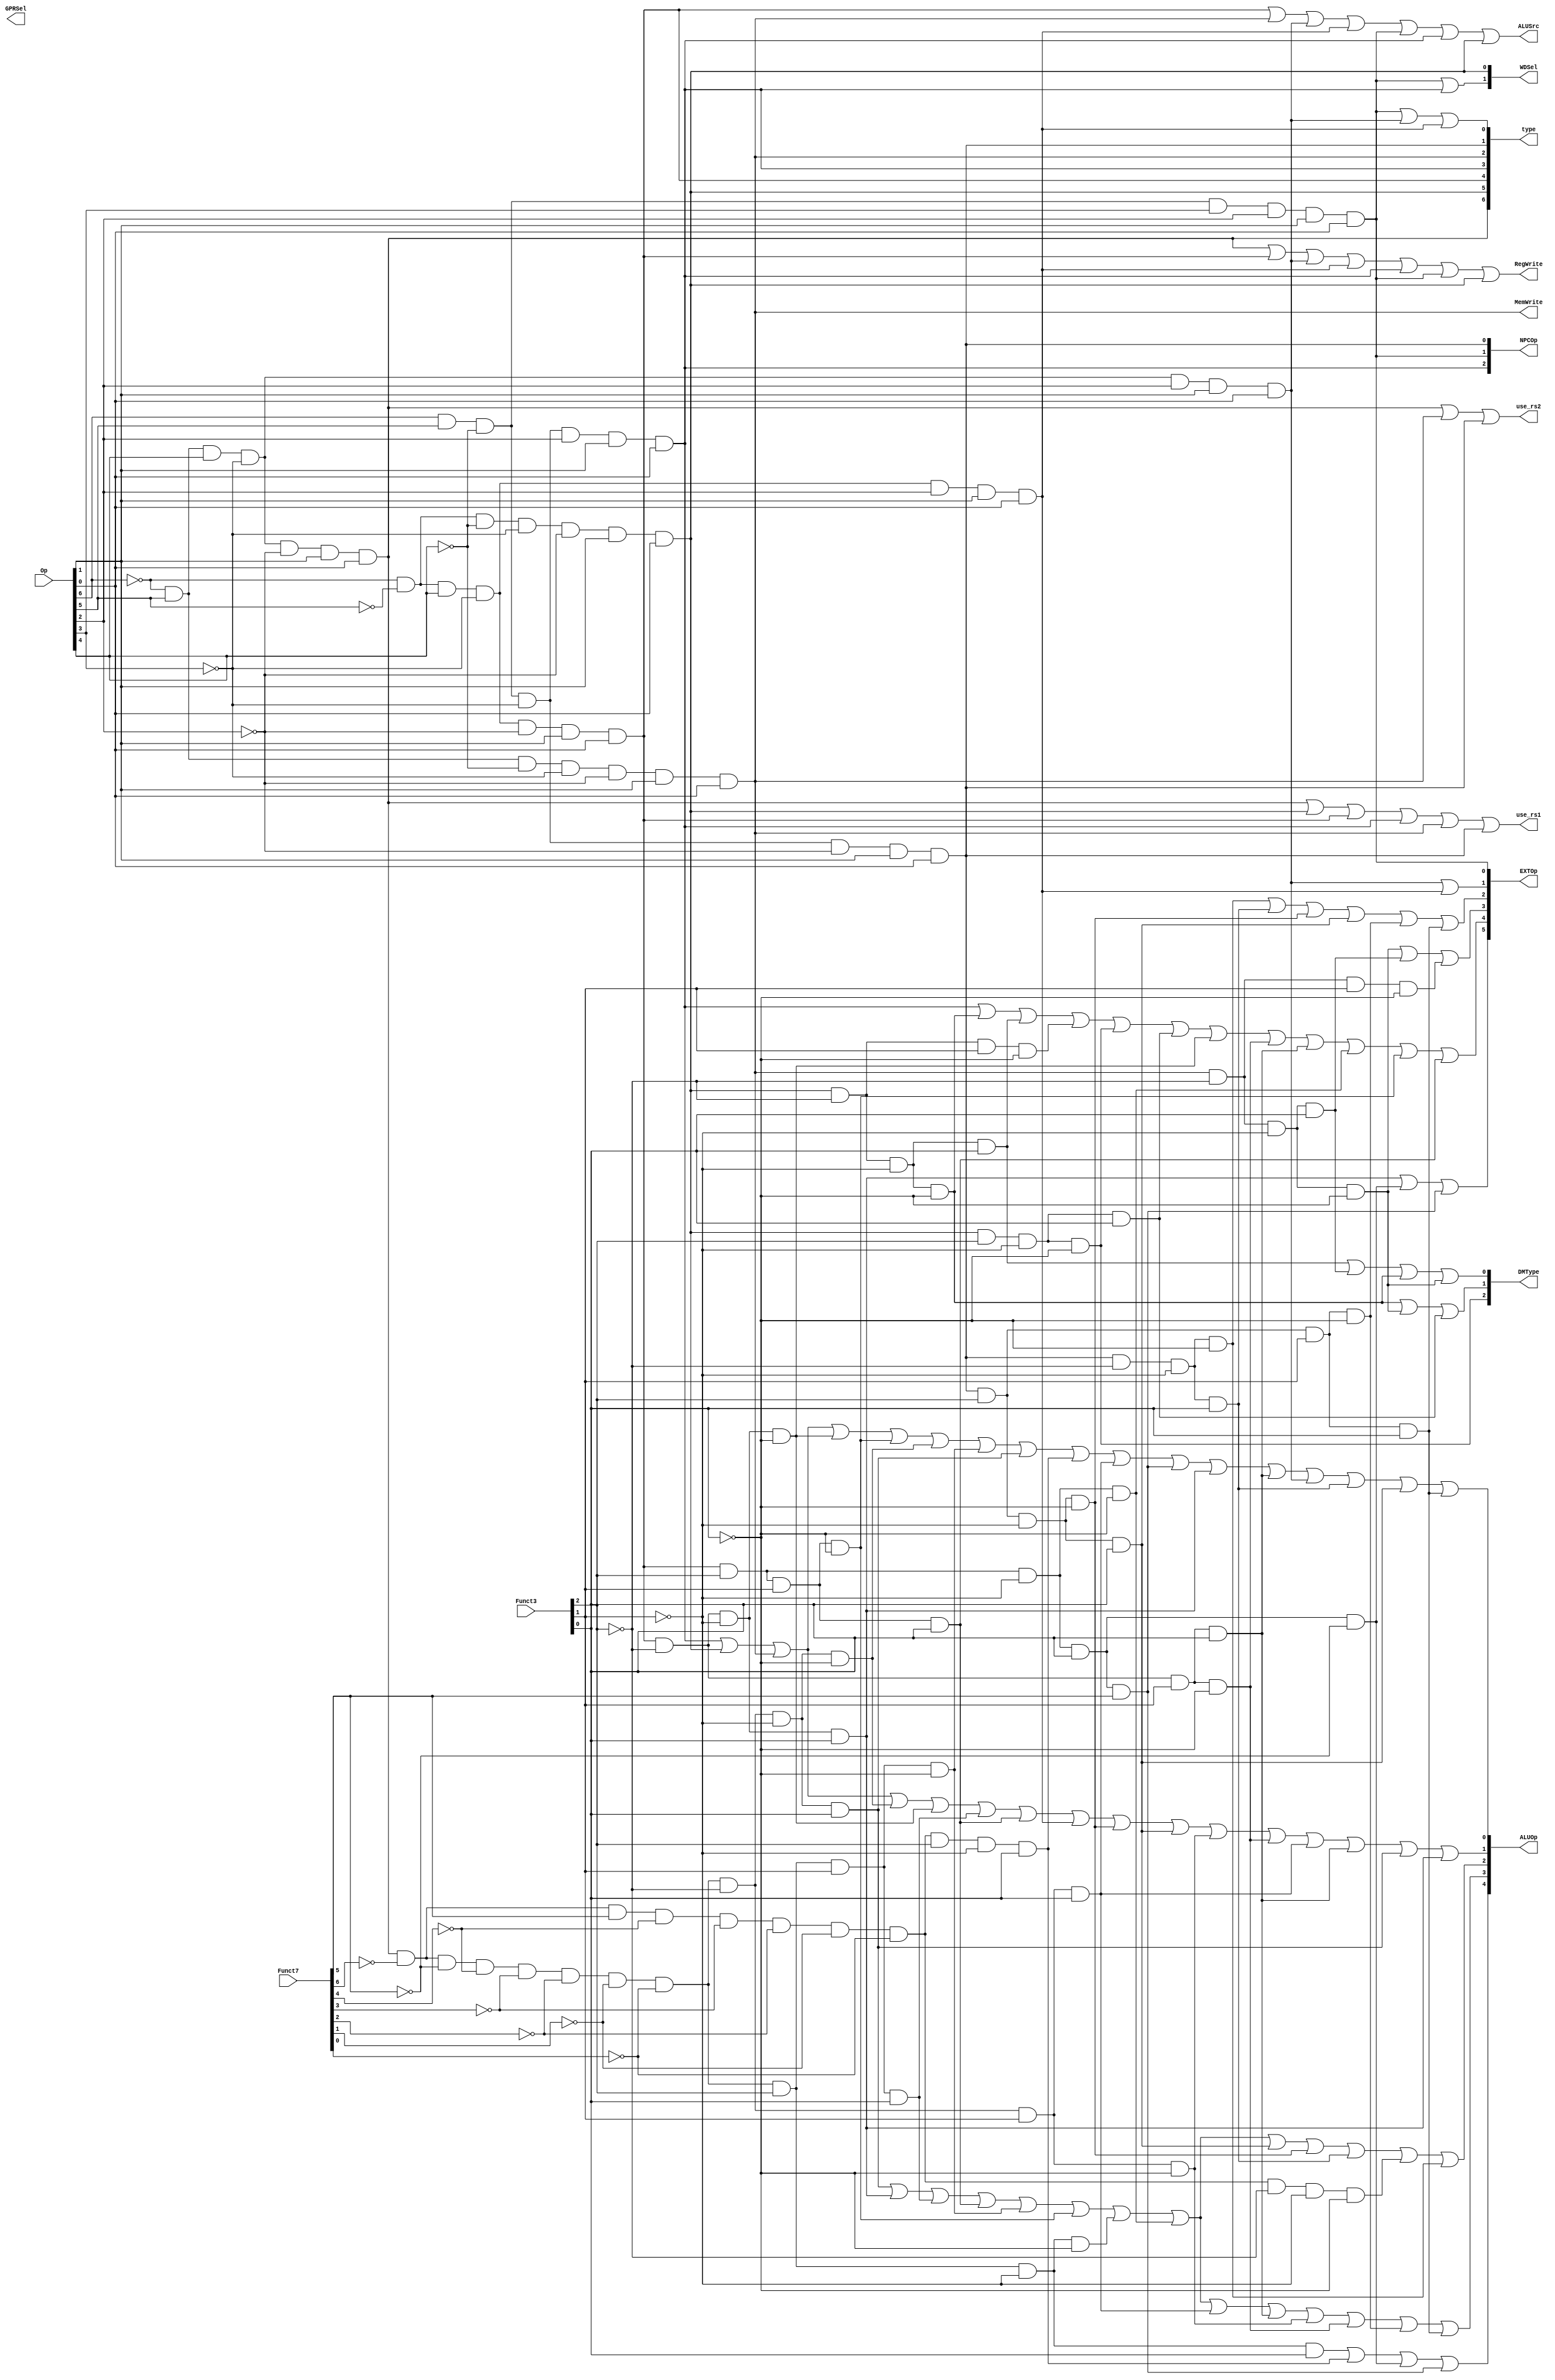
module ctrl(
    input  [6:0] Op,       // opcode
    input  [6:0] Funct7,   // funct7
    input  [2:0] Funct3,   // funct3
    
    output       RegWrite, // control signal for register write
    output       MemWrite, // control signal for memory write
    output [5:0] EXTOp,    // control signal to signed extension
    output [4:0] ALUOp,    // ALU opertion
    output [2:0] NPCOp,    // next pc operation
    output       ALUSrc,   // ALU source for A
    output [2:0] DMType,
    output [1:0] GPRSel,   // general purpose register selection δʹã
    output [1:0] WDSel,    // (register) write data selection
    output [6:0] type,
    output       use_rs1, use_rs2
);
    // ָʽ
    // r format
    wire rtype = ~Op[6]&Op[5]&Op[4]&~Op[3]&~Op[2]&Op[1]&Op[0]; //0110011
    wire i_add = rtype& ~Funct7[6]&~Funct7[5]&~Funct7[4]&~Funct7[3]&~Funct7[2]&~Funct7[1]&~Funct7[0]&~Funct3[2]&~Funct3[1]&~Funct3[0]; // add  0000000 000
    wire i_sub = rtype& ~Funct7[6]& Funct7[5]&~Funct7[4]&~Funct7[3]&~Funct7[2]&~Funct7[1]&~Funct7[0]&~Funct3[2]&~Funct3[1]&~Funct3[0]; // sub  0100000 000
    wire i_or  = rtype& ~Funct7[6]&~Funct7[5]&~Funct7[4]&~Funct7[3]&~Funct7[2]&~Funct7[1]&~Funct7[0]& Funct3[2]& Funct3[1]&~Funct3[0]; // or   0000000 110
    wire i_and = rtype& ~Funct7[6]&~Funct7[5]&~Funct7[4]&~Funct7[3]&~Funct7[2]&~Funct7[1]&~Funct7[0]& Funct3[2]& Funct3[1]& Funct3[0]; // and  0000000 111
    wire i_xor = rtype& ~Funct7[6]&~Funct7[5]&~Funct7[4]&~Funct7[3]&~Funct7[2]&~Funct7[1]&~Funct7[0]& Funct3[2]&~Funct3[1]&~Funct3[0]; // xor  0000000 100
    wire i_sll = rtype& ~Funct7[6]&~Funct7[5]&~Funct7[4]&~Funct7[3]&~Funct7[2]&~Funct7[1]&~Funct7[0]&~Funct3[2]&~Funct3[1]& Funct3[0]; // sll  0000000 001
    wire i_sra = rtype& ~Funct7[6]& Funct7[5]&~Funct7[4]&~Funct7[3]&~Funct7[2]&~Funct7[1]&~Funct7[0]& Funct3[2]&~Funct3[1]& Funct3[0]; // sra  0100000 101
    wire i_srl = rtype& ~Funct7[6]&~Funct7[5]&~Funct7[4]&~Funct7[3]&~Funct7[2]&~Funct7[1]&~Funct7[0]& Funct3[2]&~Funct3[1]& Funct3[0]; // srl  0000000 101
    wire i_slt = rtype& ~Funct7[6]&~Funct7[5]&~Funct7[4]&~Funct7[3]&~Funct7[2]&~Funct7[1]&~Funct7[0]&~Funct3[2]& Funct3[1]&~Funct3[0]; // slt  0000000 010
    wire i_sltu= rtype& ~Funct7[6]&~Funct7[5]&~Funct7[4]&~Funct7[3]&~Funct7[2]&~Funct7[1]&~Funct7[0]&~Funct3[2]& Funct3[1]& Funct3[0]; // sltu 0000000 011

    // i format
    wire itype_l = ~Op[6]&~Op[5]&~Op[4]&~Op[3]&~Op[2]&Op[1]&Op[0]; //0000011
    wire i_lb  = itype_l&~Funct3[2]&~Funct3[1]&~Funct3[0]; // lb 000
    wire i_lh  = itype_l&~Funct3[2]&~Funct3[1]& Funct3[0]; // lh 001
    wire i_lbu = itype_l& Funct3[2]&~Funct3[1]&~Funct3[0]; // lbu 100
    wire i_lhu = itype_l& Funct3[2]&~Funct3[1]& Funct3[0]; // lhu 101
    wire i_lw  = itype_l&~Funct3[2]& Funct3[1]&~Funct3[0]; // lw 010

    // i format
    wire itype_r = ~Op[6]&~Op[5]&Op[4]&~Op[3]&~Op[2]&Op[1]&Op[0]; //0010011
    wire i_addi = itype_r&~Funct3[2]&~Funct3[1]&~Funct3[0]; // addi 000
    wire i_ori  = itype_r& Funct3[2]& Funct3[1]&~Funct3[0]; // ori 110
    wire i_xori = itype_r& Funct3[2]&~Funct3[1]&~Funct3[0]; // xori 100
    wire i_andi = itype_r& Funct3[2]& Funct3[1]& Funct3[0]; // andi 111
    wire i_srai = itype_r& Funct3[2]&~Funct3[1]& Funct3[0] & Funct7[5]; // srai 0100000 101
    wire i_srli = itype_r& Funct3[2]&~Funct3[1]& Funct3[0] &~Funct7[5]; // srli 0000000 101
    wire i_slti = itype_r&~Funct3[2]& Funct3[1]&~Funct3[0]; // slti 010
    wire i_sltiu= itype_r&~Funct3[2]& Funct3[1]& Funct3[0]; // sltiu 011
    wire i_slli = itype_r&~Funct3[2]&~Funct3[1]& Funct3[0]; // slli 001

    //jalr
    wire i_jalr = Op[6]&Op[5]&~Op[4]&~Op[3]&Op[2]&Op[1]&Op[0];//jalr 1100111

    // s format
    wire stype = ~Op[6]&Op[5]&~Op[4]&~Op[3]&~Op[2]&Op[1]&Op[0];//0100011
    wire i_sw = stype&~Funct3[2]& Funct3[1]&~Funct3[0]; // sw 010
    wire i_sb = stype&~Funct3[2]&~Funct3[1]&~Funct3[0]; // sb 000
    wire i_sh = stype&~Funct3[2]&~Funct3[1]& Funct3[0]; // sh 001

    // sb format
    wire sbtype = Op[6]&Op[5]&~Op[4]&~Op[3]&~Op[2]&Op[1]&Op[0];//1100011
    wire i_beq  = sbtype&~Funct3[2]&~Funct3[1]&~Funct3[0]; // beq  000
    wire i_bne  = sbtype&~Funct3[2]&~Funct3[1]& Funct3[0]; // bne  001
    wire i_blt  = sbtype& Funct3[2]&~Funct3[1]&~Funct3[0]; // blt  100
    wire i_bge  = sbtype& Funct3[2]&~Funct3[1]& Funct3[0]; // bge  101
    wire i_bltu = sbtype& Funct3[2]& Funct3[1]&~Funct3[0]; // bltu 110
    wire i_bgeu = sbtype& Funct3[2]& Funct3[1]& Funct3[0]; // bgeu 111

    // j format
    wire i_jal  = Op[6]& Op[5]&~Op[4]& Op[3]& Op[2]& Op[1]& Op[0]; // jal 1101111
  
    // u format
    wire i_lui  =~Op[6]& Op[5]& Op[4]&~Op[3]& Op[2]& Op[1]& Op[0]; //lui   0110111
    wire i_auipc=~Op[6]&~Op[5]& Op[4]&~Op[3]& Op[2]& Op[1]& Op[0]; //auipc 0010111

    // ָӦĿź
    assign type = {rtype, itype_l, itype_r, i_jalr, stype, sbtype, (i_jal | i_lui | i_auipc)};
    assign use_rs1 = rtype | itype_l | itype_r | i_jalr | stype | sbtype;
    assign use_rs2 = rtype | stype | sbtype;

    // generate control signals
    assign RegWrite   = rtype | itype_r | i_lui | i_auipc | i_jalr | i_jal | itype_l; // register write
    assign MemWrite   = stype;                                                        // memory write
    assign ALUSrc     = itype_r | stype | i_lui | i_auipc | i_jal | i_jalr |itype_l;  // ALU B is from instruction immediate

    // signed extension
    // EXT_CTRL_ITYPE_SHAMT 6'b100000
    // EXT_CTRL_ITYPE       6'b010000
    // EXT_CTRL_STYPE       6'b001000
    // EXT_CTRL_BTYPE       6'b000100
    // EXT_CTRL_UTYPE       6'b000010
    // EXT_CTRL_JTYPE       6'b000001
    assign EXTOp[5] = i_slli | i_srli | i_srai;
    assign EXTOp[4] = i_jalr | i_lb   | i_lh  | i_lw  | i_lbu  | i_lhu | i_addi | i_slti | i_sltiu | i_xori | i_ori | i_andi;
    assign EXTOp[3] = i_sb   | i_sh   | i_sw;
    assign EXTOp[2] = i_beq  | i_bne  | i_blt | i_bge | i_bltu | i_bgeu;
    assign EXTOp[1] = i_lui  | i_auipc;
    assign EXTOp[0] = i_jal;
  
    // WDSel_FromALU 2'b00
    // WDSel_FromMEM 2'b01
    // WDSel_FromPC  2'b10 
    assign WDSel[0] = itype_l;
    assign WDSel[1] = i_jal | i_jalr;

    // NPC_PLUS4   3'b000
    // NPC_BRANCH  3'b001
    // NPC_JUMP    3'b010
    // NPC_JALR    3'b100
    assign NPCOp[0] = sbtype;
    assign NPCOp[1] = i_jal;
    assign NPCOp[2] = i_jalr;

    // ALUOp_nop   5'b00000
    // ALUOp_lui   5'b00001
    // ALUOp_auipc 5'b00010
    // ALUOp_add   5'b00011
    // ALUOp_sub   5'b00100
    // ALUOp_bne   5'b00101
    // ALUOp_blt   5'b00110
    // ALUOp_bge   5'b00111
    // ALUOp_bltu  5'b01000
    // ALUOp_bgeu  5'b01001
    // ALUOp_slt   5'b01010
    // ALUOp_sltu  5'b01011
    // ALUOp_xor   5'b01100
    // ALUOp_or    5'b01101
    // ALUOp_and   5'b01110
    // ALUOp_sll   5'b01111
    // ALUOp_srl   5'b10000
    // ALUOp_sra   5'b10001

    assign ALUOp[0] = i_jalr|itype_l|stype|i_addi|i_ori|i_add|i_or|i_sll|i_sra|i_sltu
                     |i_srai|i_slli|i_sltiu|i_lui|i_bne|i_bge|i_bgeu;

    assign ALUOp[1] = i_jalr|itype_l|stype|i_add|i_addi|i_and|i_andi|i_auipc|i_blt|i_bge
                     |i_slt|i_slti|i_sltu|i_sltiu|i_sll|i_slli;

    assign ALUOp[2] = i_sll|i_slli | i_and|i_andi |i_or|i_ori |i_xor|i_xori
                     |i_bge|i_blt|i_bne|i_sub|i_beq;

    assign ALUOp[3] = i_sll|i_slli |i_and|i_andi |i_or|i_ori |i_xor|i_xori
                     |i_sltu|i_sltiu | i_slt|i_slti | i_bltu|i_bgeu;

    assign ALUOp[4] = i_srl|i_sra |i_srli|i_srai;


    // dm_word              3'b000     
    // dm_halfword          3'b001
    // dm_halfword_unsigned 3'b010
    // dm_byte              3'b011
    // dm_byte_unsigned     3'b100
    assign DMType[2] = i_lbu;
    assign DMType[1] = i_lb | i_sb | i_lhu;
    assign DMType[0] = i_lh | i_sh | i_lb | i_sb;
endmodule